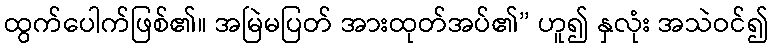
ထွက်ပေါက်ဖြစ်၏။ အမြဲမပြတ် အားထုတ်အပ်၏” ဟူ၍ နှလုံး အသဲဝင်၍